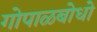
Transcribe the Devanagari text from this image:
गोपाळबोधो